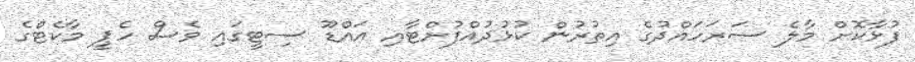
ފުޅާކޮށް މާލެ ސަރަހައްދުގެ އިތުރުން ކުޅުދުއްފުށްޓާއި އައްޑޫ ސިޓީގައި ވެސް ހެޕީ މާކެޓްގެ